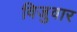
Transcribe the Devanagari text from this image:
विजुवार